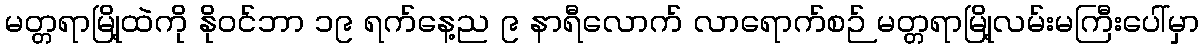
မတ္တရာမြို့ထဲကို နိုဝင်ဘာ ၁၉ ရက်နေ့ည ၉ နာရီလောက် လာရောက်စဉ် မတ္တရာမြို့လမ်းမကြီးပေါ်မှာ